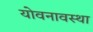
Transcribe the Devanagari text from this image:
योवनावस्था